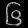
Digit: ၆